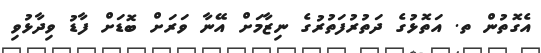
އެގޮތުން ތ. އަތޮޅުގެ ދަތުރުފަތުރުގެ ނިޒާމަށް އޭނާ ވަރަށް ބޮޑަށް ފާޑު ވިދާޅުވި